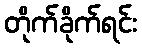
တိုက်ခိုက်ရင်း